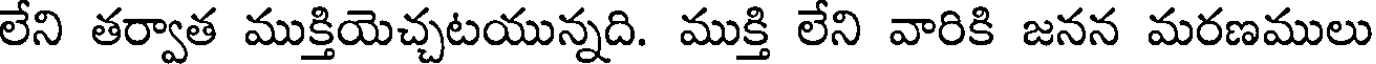
లేని తర్వాత ముక్తియెచ్చటయున్నది. ముక్తి లేని వారికి జనన మరణములు